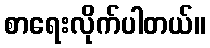
စာရေးလိုက်ပါတယ်။